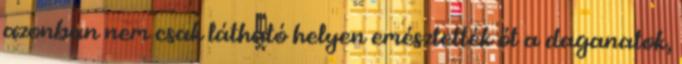
azonban nem csak látható helyen emésztették őt a daganatok,